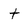
Character: t